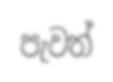
පැවත්